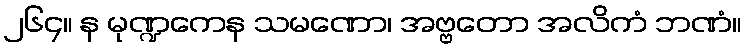
၂၆၄။ န မုဏ္ဍကေန သမဏော၊ အဗ္ဗတော အလိကံ ဘဏံ။